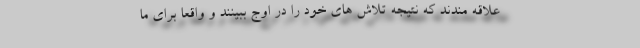
علاقه مندند که نتیجه تلاش های خود را در اوج ببینند و واقعاً برای ما